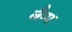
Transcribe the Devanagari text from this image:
लैम्‍प